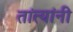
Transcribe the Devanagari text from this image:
तांत्यांनी